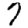
Digit: 7